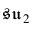
{ \mathfrak { s u } } _ { 2 }